Medical and sanitary report on the native army of Bombay for the year
Year: 1877
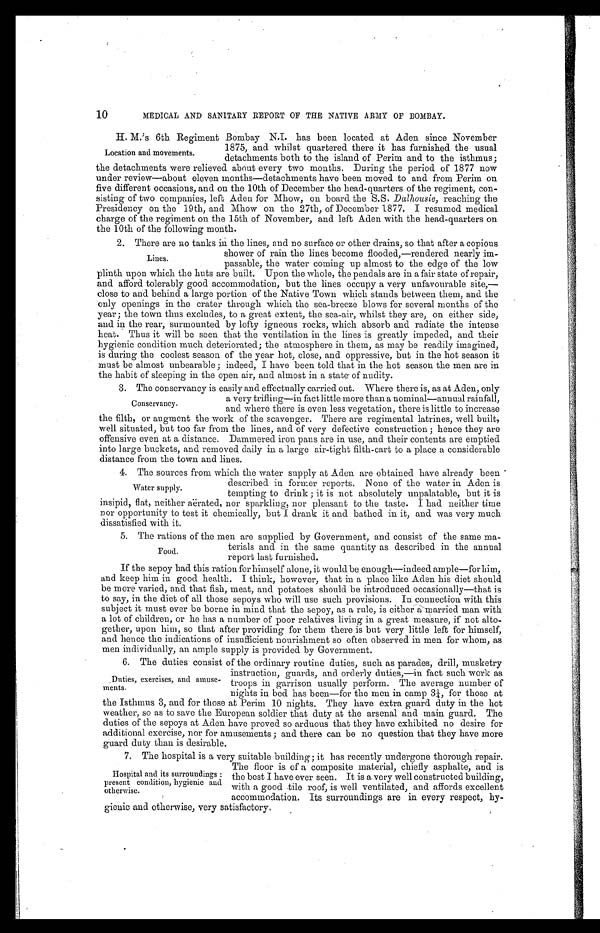
10
MEDICAL AND SANITARY REPORT OF THE NATIVE ARMY OF BOMBAY.
H. M.'s 6th Regiment Bombay N.I. has been located at Aden since November
1875, and whilst quartered there it has furnished the usual
detachments both to the island of Perim and to the isthmus;
the detachments were relieved about every two months. During the period of 1877 now
under review—about eleven months—detachments have been moved to and from Perim on
five different occasions, and on the 10th of December the head-quarters of the regiment, con
-sisting of two companies, left Aden for Mhow, on board the S.S. Dalhousie, reaching the
Presidency on the 19th, and Mhow on the 27th, of December 1877. I resumed medical
charge of the regiment on the 15th of November, and left Aden with the head-quarters on
the 10th of the following month.
2. There are no tanks in the lines, and no surface or other drains, so that after a copious
shower of rain the lines become flooded,—rendered nearly im
-passable, the water coming up almost to the edge of the low
plinth upon which the huts are built. Upon the whole, the pendals are in a fair state of repair,
and afford tolerably good accommodation, but the lines occupy a very unfavourable site,
—close to and behind a large portion of the Native Town which stands between them, and the
only openings in the crater through which the sea-breeze blows for several months of the
year; the town thus excludes, to a great extent, the sea-air, whilst they are, on either side,
and in the rear, surmounted by lofty igneous rocks, which absorb and radiate the intense
heat. Thus it will be seen that the ventilation in the lines is greatly impeded, and their
hygienic condition much deteriorated; the atmosphere in them, as may be readily imagined,
is during the coolest season of the year hot, close, and oppressive, but in the hot season it
must be almost unbearable ; indeed, I have been told that in the hot season the men are in
the habit of sleeping in the open air, and almost in a state of nudity.
3. The conservancy is easily and effectually carried out. Where there is, as at Aden, only
a very trifling—in fact little more than a nominal—annual rainfall,
and where there is even less vegetation, there is little to increase
the filth, or augment the work of the scavenger. There are regimental latrines, well built,
well situated, but too far from the lines, and of very defective construction ; hence they are
offensive even at a distance. Dammered iron pans are in use, and their contents are emptied
into large buckets, and removed daily in a large air-tight filth-cart to a place a considerable
distance from the town and lines.
4. The sources from which the water supply at Aden are obtained have already been
described in former reports. None of the water in Aden is
tempting to drink ; it is not absolutely unpalatable, but it is
insipid, flat, neither aërated, nor sparkling, nor pleasant to the taste. I had neither time
nor opportunity to test it chemically, but I drank it and bathed in it, and was very much
dissatisfied with it.
5. The rations of the men are supplied by Government, and consist of the same ma
-terials and in the same quantity as described in the annual
report last furnished.
If the sepoy had this ration for himself alone, it would be enough—indeed ample—for him,
and keep him in good health. I think, however, that in a place like Aden his diet should
be more varied, and that fish, meat, and potatoes should be introduced occasionally—that is
to say, in the diet of all those sepoys who will use such provisions. In connection with this
subject it must ever be borne in mind that the sepoy, as a rule, is either A a married man with
a lot of children, or he has a number of poor relatives living in a great measure, if not alto
- g e t h e r , u p o n h i m , s o t h a t a f t e r p r o v i d i n g f o r t h e m t h e r e i s b u t v e r y l i t t l e l e f t f o r h i m s e l f ,
and hence the indications of insufficient nourishment so often observed in men for whom, as
men individually, an ample supply is provided by Government.
6. The duties consist of the ordinary routine duties, such as parades, drill, musketry
instruction, guards, and orderly duties,—in fact such work as
troops in garrison usually perform. The average number of
nights in bed has been—for the men in camp 3¼, for those at
the Isthmus 3, and for those at Perim. 10 nights. They have extra guard duty in the hot
weather, so as to save the European soldier that duty at the arsenal and main guard. The
duties of the sepoys at Aden have proved so arduous that they have exhibited no desire for
additional exercise, nor for amusements ; and there can be no question that they have more
guard duty than is desirable.
2.
7. The hospital is a very suitable building; it has recently undergone thorough repair.
The floor is of a composite material, chiefly asphalte, and is
the best I have ever seen. It is a very well constructed building,
with a good tile roof, is well ventilated, and affords excellent
accommodation. Its surroundings are in every respect, hy
- g i e n i c a n d o t h e r w i s e , v e r y s a t i s f a c t o r y .
Location and movements.
Lines.
Conservancy.
Water supply.
Food.
Duties, exercises, and amuse
-ments.
Hospital and its surroundings:
present condition, hygienic and
otherwise.